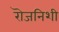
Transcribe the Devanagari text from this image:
रॊजनिशी